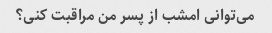
می‌توانی امشب از پسر من مراقبت کنی؟